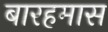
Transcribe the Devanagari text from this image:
बारहमास